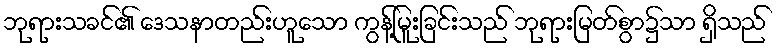
ဘုရားသခင်၏ ဒေသနာတည်းဟူသော ကွန့်မြူးခြင်းသည် ဘုရားမြတ်စွာ၌သာ ရှိသည်